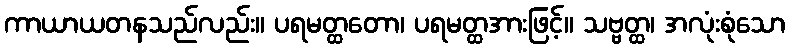
ကာယာယတနသည်လည်း။ ပရမတ္ထတော၊ ပရမတ္ထအားဖြင့်။ သဗ္ဗတ္ထ၊ အလုံးစုံသော